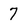
Character: 7